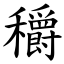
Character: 穱